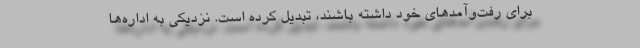
برای رفت‌وآمدهای خود داشته باشند، تبدیل کرده است. نزدیکی به اداره‌ها